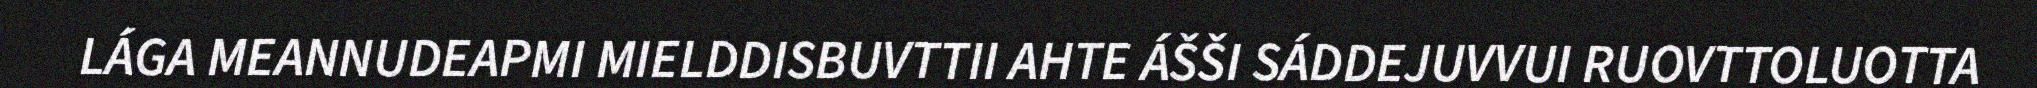
LÁGA MEANNUDEAPMI MIELDDISBUVTTII AHTE ÁŠŠI SÁDDEJUVVUI RUOVTTOLUOTTA